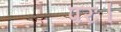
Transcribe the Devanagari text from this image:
परः।